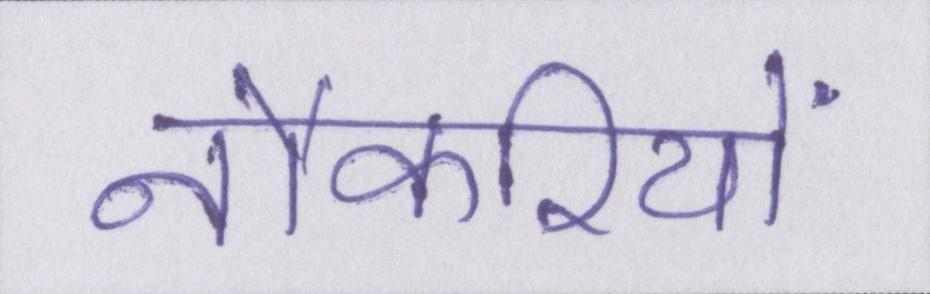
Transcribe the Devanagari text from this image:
नौकरियों